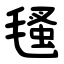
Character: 㲧